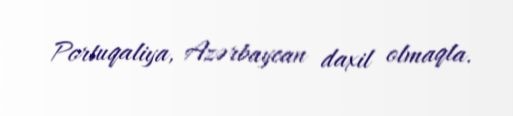
Portuqaliya, Azərbaycan daxil olmaqla.